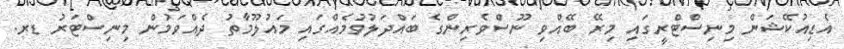
އެޑިއުކޭޝަން މިނިސްޓްރީގައި މިރޭ ބޭއްވި ނޫސްވެރިންގެ ބައްދަލުވުމެއްގައި މައުލޫމާތު ދެއްވަމުން މިނިސްޓަރު ޑރ.